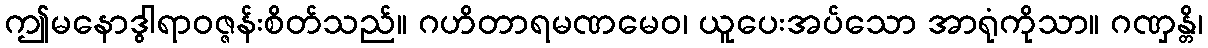
ဤမနောဒွါရာဝဇ္ဇန်းစိတ်သည်။ ဂဟိတာရမဏမေဝ၊ ယူပေးအပ်သော အာရုံကိုသာ။ ဂဏှန္တိ၊